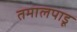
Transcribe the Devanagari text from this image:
तमालपाडू